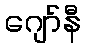
ဂျော်နီ